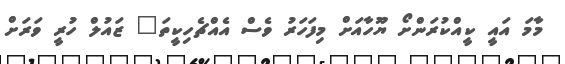
މާމަ އައީ ކީއްކުރަންށޯ ޔޫހާއަށް މިފަހަރު ވެސް އެއްޗެހިކީތަ" ޒައުލް ހުރީ ވަރަށް